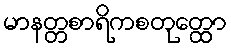
မာနတ္တစာရိကစတုတ္ထော